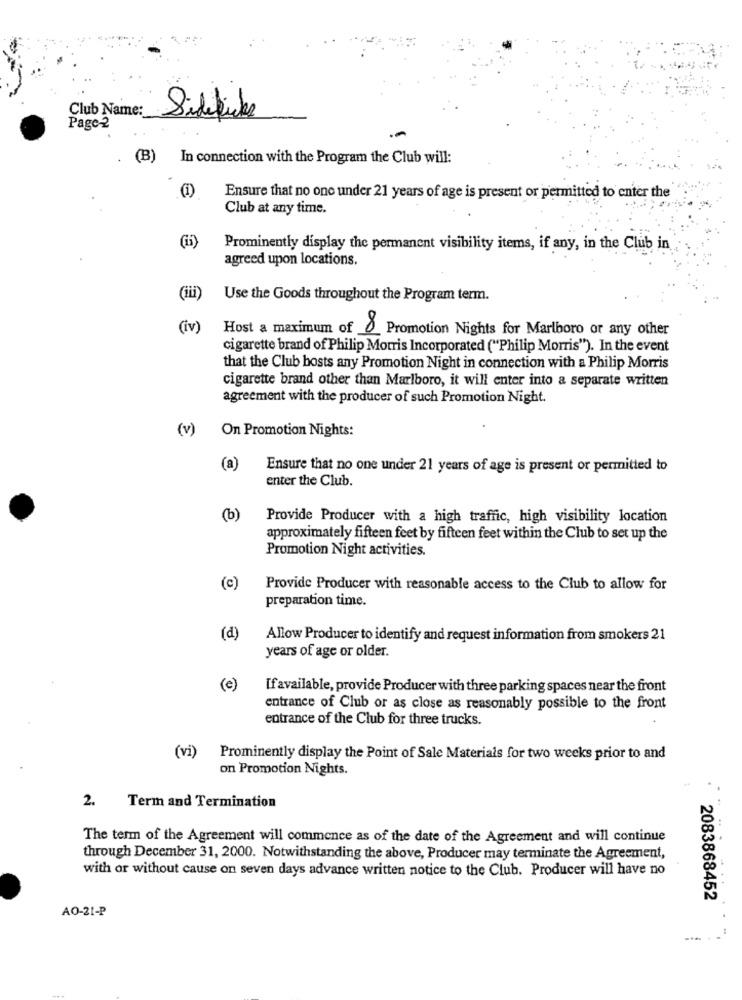
Club Name:
Sidefiske
Page-2
. (B) In connection with the Program the Club will:
(1)
Ensure that no one under 21 years of age is present or permitted to enter the
Club at any time.
(15)
Prominently display the permanent visibility items, if any, in the Club in
agreed upon locations.
(iii)
Use the Goods throughout the Program term.
(iv)
Host a maximum of _ Promotion Nights for Marlboro or any other
cigarette brand of Philip Morris Incorporated ("Philip Morris"). In the event
that the Club hosts any Promotion Night in connection with a Philip Morris
cigarette brand other than Marlboro, it will enter into a separate written
agreement with the producer of such Promotion Night.
(v)
On Promotion Nights:
(a)
Ensure that no one under 21 years of age is present or permitted to
enter the Club.
(b)
Provide Producer with a high traffic, high visibility location
approximately fifteen feet by fifteen feet within the Club to set up the
Promotion Night activities.
(c)
Provide Producer with reasonable access to the Club to allow for
preparation time.
(d)
Allow Producer to identify and request information from smokers 21
years of age or older.
(e)
If available, provide Producer with three parking spaces near the front
entrance of Club or as close as reasonably possible to the front
entrance of the Club for three trucks.
(vi)
Prominently display the Point of Sale Materials for two weeks prior to and
on Promotion Nights.
2.
Term and Termination
The term of the Agreement will commence as of the date of the Agreement and will continue
through December 31, 2000. Notwithstanding the above, Producer may terminate the Agreement,
with or without cause on seven days advance written notice to the Club. Producer will have no
2083868452
AO-21-P